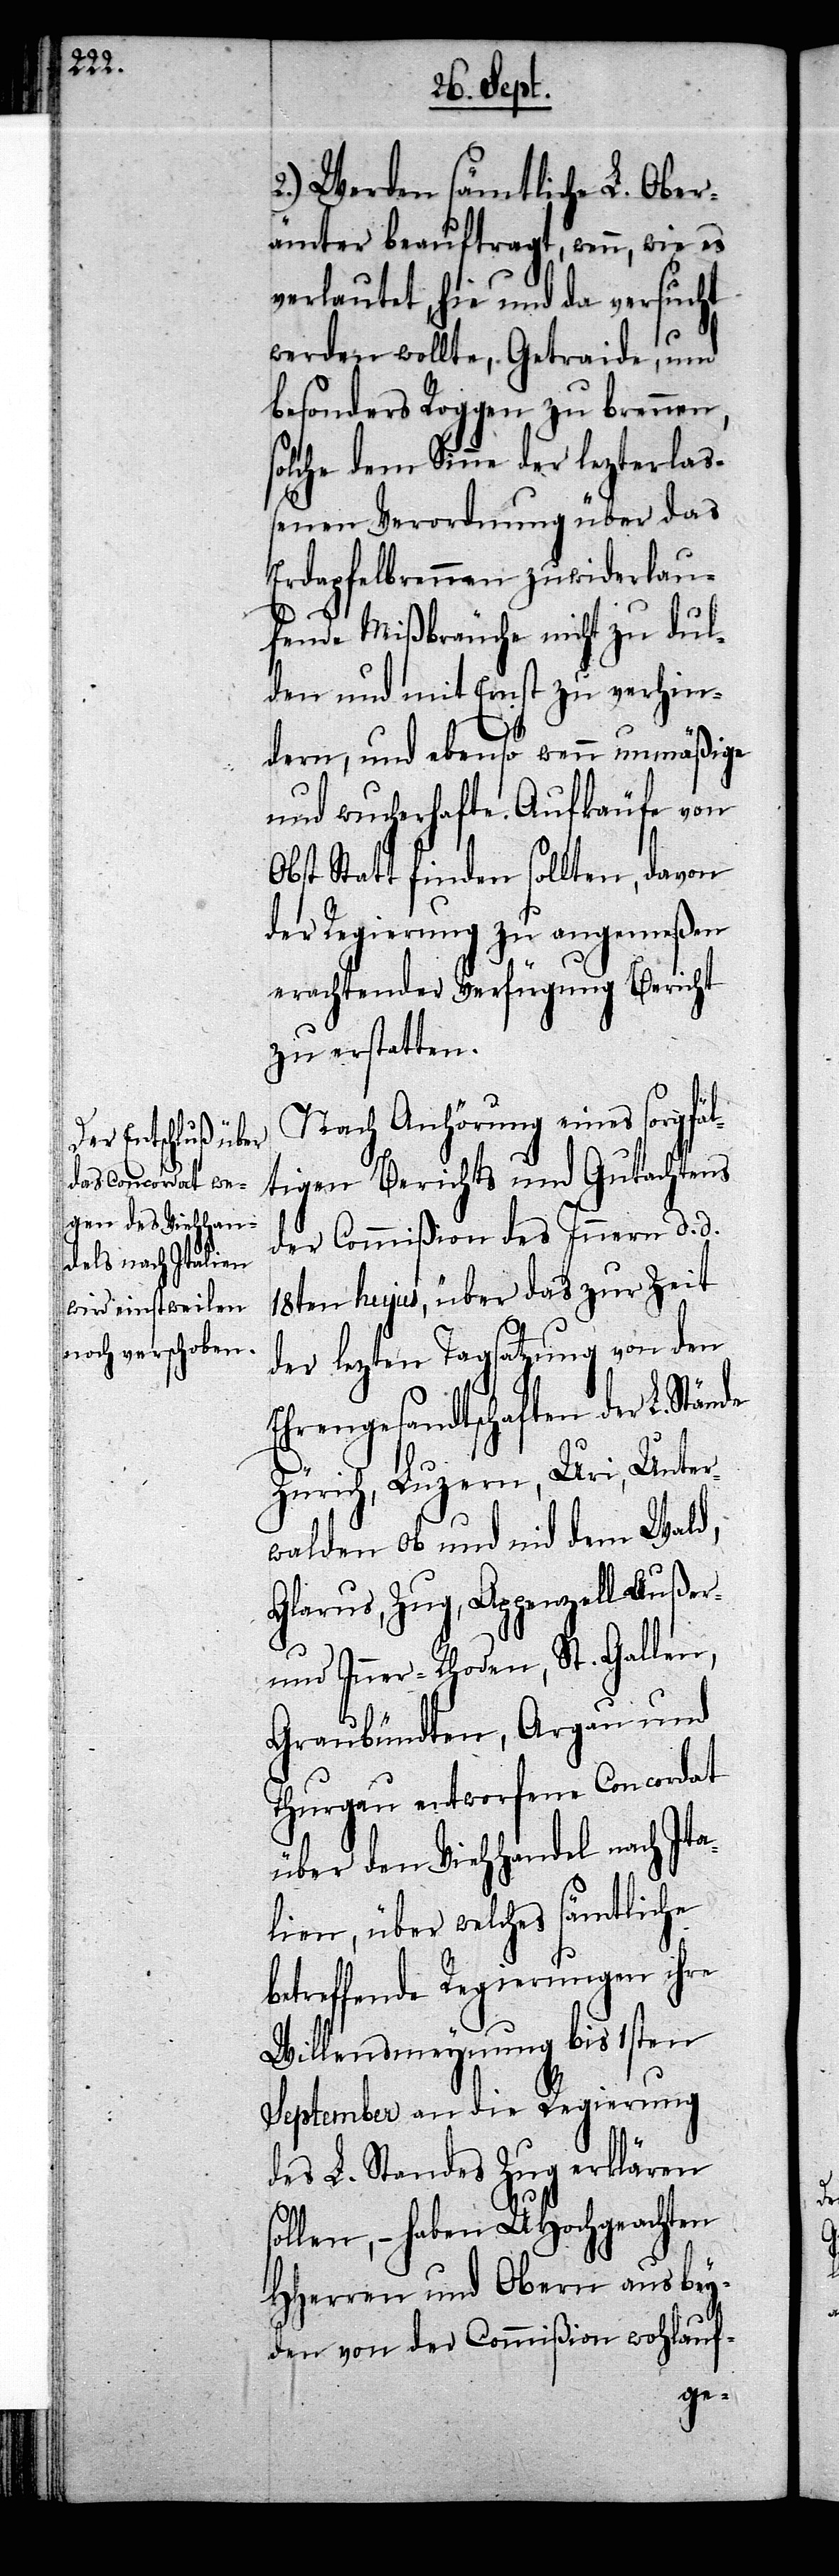
2.) Werden sämtliche L. Ober¬
ämter beauftragt, wenn, wie es
verlautet, hie und da versucht
werden wollte, Getraide, und
besonders Roggen zu brennen,
solche dem Sinne der lezterla¬
ßenen Verordnung über das
Erdapfelbrennen zuwiderlau¬
fende Mißbräuche nicht zu dul¬
den und mit Ernst zu verhin¬
dern, und ebenso wenn unmäßige
und wucherhafte Aufkäufe von
Obst Statt finden sollten, davon
der Regierung zu angemeßen
erachtender Verfügung Bericht
zu erstatten.
Nach Anhörung eines sorgfäl¬
tigen Berichts und Gutachtens
der Commißion des Innern d. d.
18ten hujus, über das zur Zeit
der lezten Tagsatzung von den
Ehrengesandtschaften der L.
Zürich, Luzern, Uri, Unter¬
walden ob und nid dem Wald,
Glarus, Zug, Appenzell Außer-
und Inner-Rhoden, St. Gallen,
Graubündten, Argau und
Thurgau entworfene Concordat
über den Viehhandel nach Ita¬
lien, über welches sämtliche
betreffende Regierungen ihre
Willensmeynung bis 1sten
September an die Regierung
des L. Standes Zug erklären
sollen, – haben UHochgeachten
HHerren und Obern aus bey¬
den von der Commißion wohlauf-